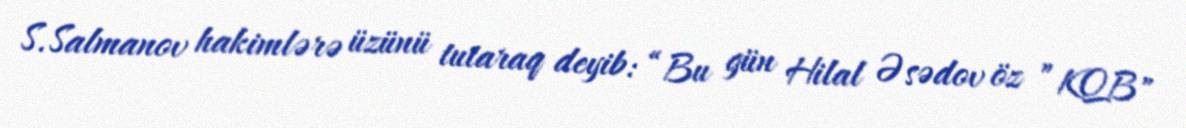
S.Salmanov hakimlərə üzünü tutaraq deyib: “Bu gün Hilal Əsədov öz ”KQB"